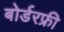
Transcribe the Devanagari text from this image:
बोर्डरफ्री